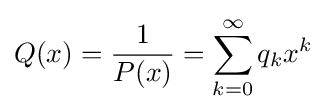
Q(x)={\frac {1}{P(x)}}=\sum _{k=0}^{\infty }q_{k}x^{k}